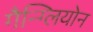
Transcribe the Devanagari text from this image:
गैन्ग्लियोन